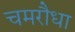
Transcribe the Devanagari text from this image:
चमरौधा